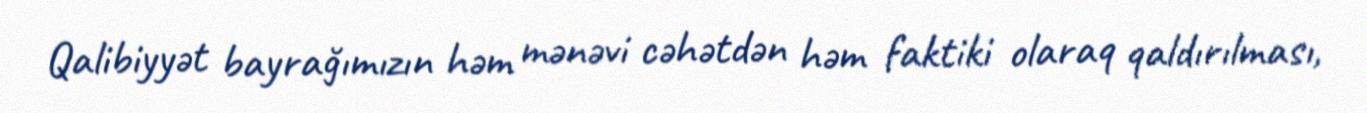
Qalibiyyət bayrağımızın həm mənəvi cəhətdən həm faktiki olaraq qaldırılması,